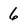
Character: 6